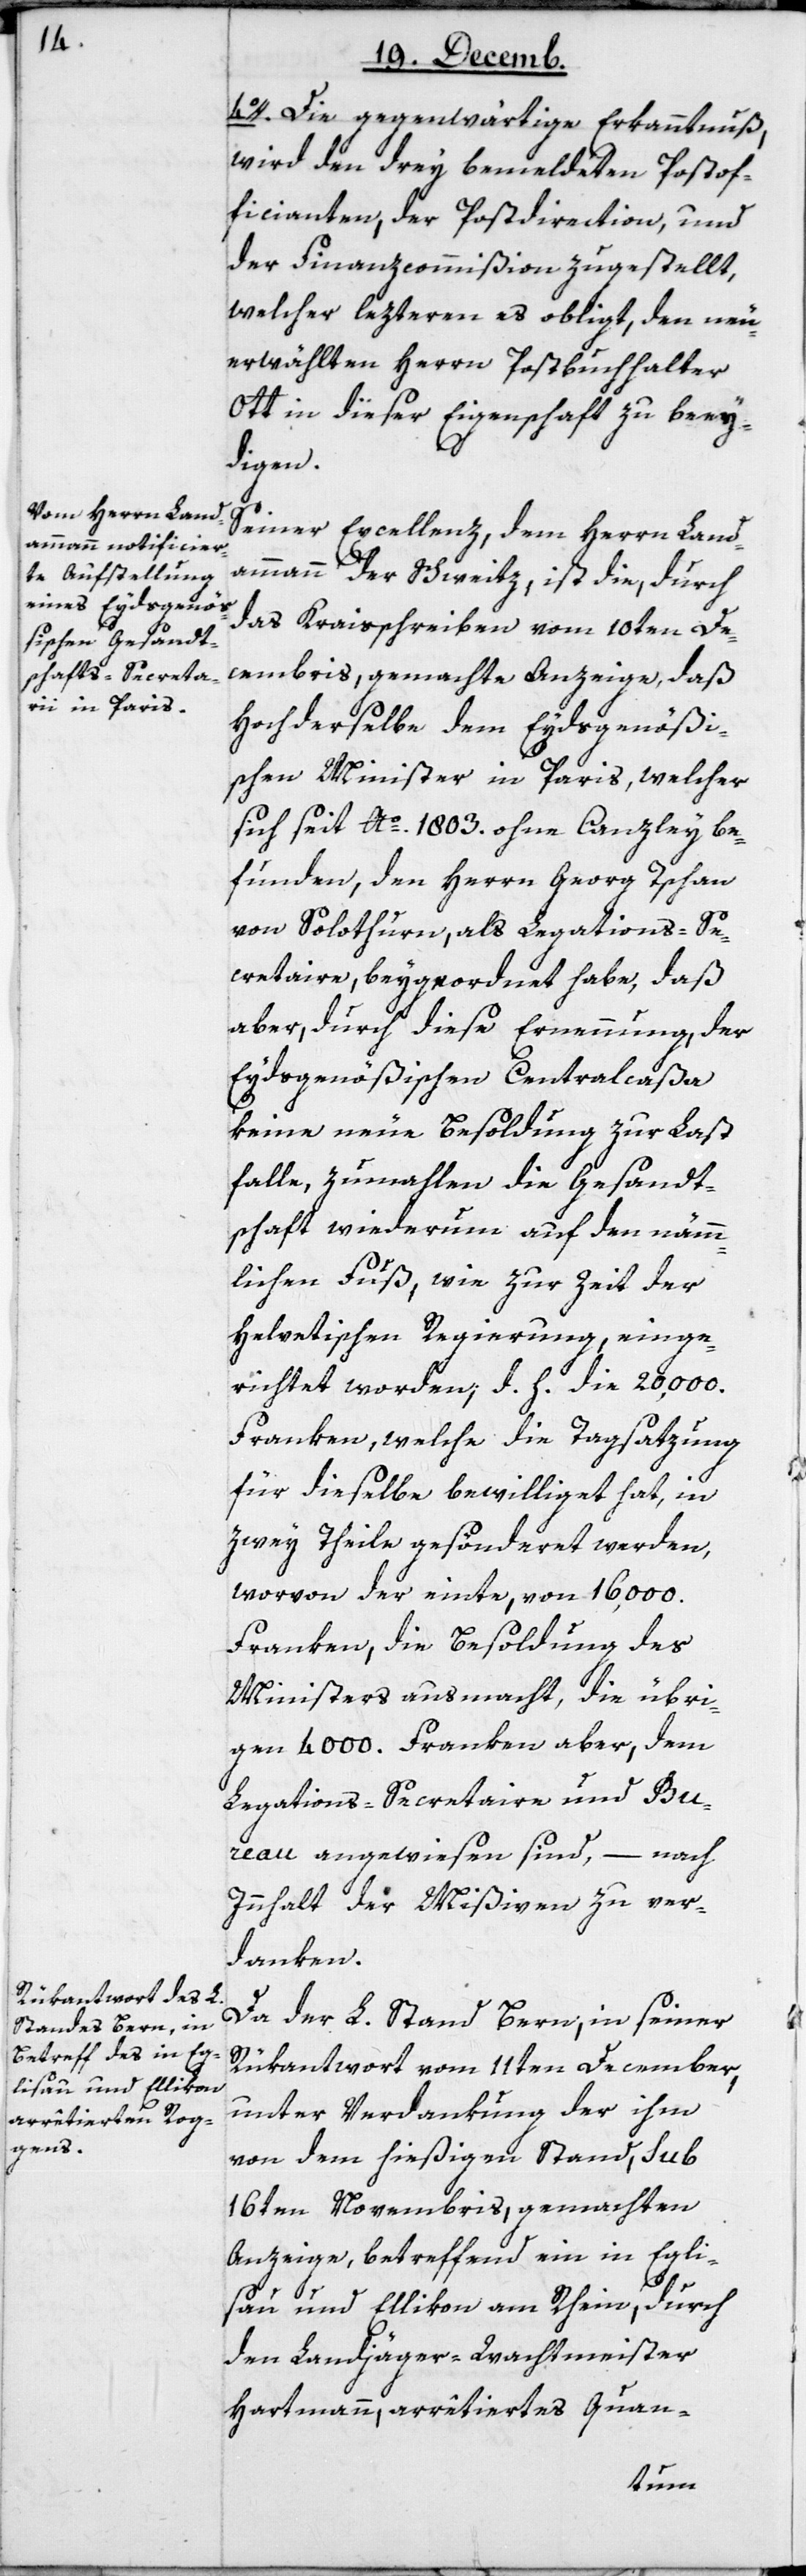
4o. Die gegenwärtige Erkanntnuß,
wird den bey bemeldeten Postof¬
ficianten, der Postdirection, und
der Finanzcommißion zugestellt,
welcher lezteren es obligt, den neu
erwählten Herrn Postbuchhalter
Ott in dieser Eigenschaft zu beey¬
digen.
Seiner Excellenz dem Herrn Land¬
ammann der Schweitz, ist die, durch
das Kraisschreiben vom 10ten De¬
cembris, gemachte Anzeige, daß
Hochderselbe dem Eydsgenößi¬
schen Minister in Paris, welcher
sich seit Ao. 1803. ohne Canzley be¬
funden, den Herrn Georg Tschan
von Solothurn, als Legations-Se¬
cretaire, beygeordnet habe, daß
aber, durch diese Ernennung, der
Eydsgenößischen Centralcaßa
keine neue Besoldung zur Last
falle, zumahlen die Gesandt¬
schaft wiederum auf den nämm¬
lichen Fuß, wie zur Zeit der
Helvetischen Regierung, einge¬
richtet worden, d. h. die 20,000.
Franken, welche die Tagsatzung
für dieselbe bewilliget hat, in
zwey Theile gesönderet werden,
worvon der einte von 16,000.
Franken, die Besoldung des
Ministers ausmacht, die übri¬
gen 4 000. Franken aber, dem
Legations-Secretaire und Bu¬
reau angewiesen sind, – nach
Innhalt der Mißiven zu ver¬
danken.
Da der L. Stand Bern, in seiner
Rükantwort vom 11ten December,
unter Verdankung der ihm
von dem hießigen Stand, sub
16ten Novembris, gemachten
Anzeige, betreffend ein in Egli¬
sau und Ellikon am Rhein, durch
den Landjäger-Wachtmeister
Hartmann, arrêtiertes Quan-